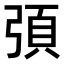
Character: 𭚻